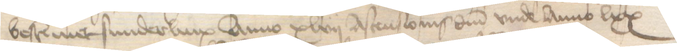
bestemmet sunderlinx Anno xlvii Ascensionis domini vnde Anno lxx